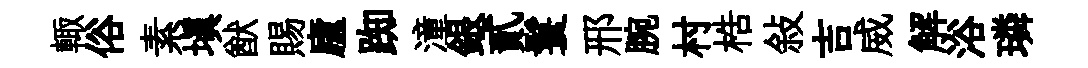
輙俗素填猷賜廬踟潼銀貳鬟邢腕村梏敍吉威解浴璘